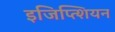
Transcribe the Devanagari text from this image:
इजिप्त्शियन